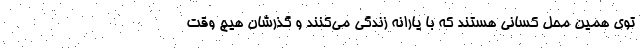
توی همین محل کسانی هستند که با یارانه زندگی می‌کنند و گذرشان هیچ وقت